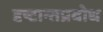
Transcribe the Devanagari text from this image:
दृष्टान्तप्रबोध